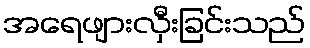
အရေဖျားလှီးခြင်းသည်